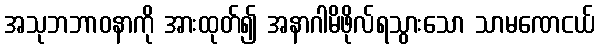
အသုဘဘာဝနာကို အားထုတ်၍ အနာဂါမိဖိုလ်ရသွားသော သာမဏေငယ်